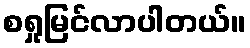
စရှုမြင်လာပါတယ်။